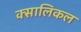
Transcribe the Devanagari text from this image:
क्सालिकल